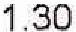
1.30